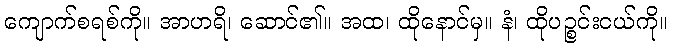
ကျောက်စရစ်ကို။ အာဟရိ၊ ဆောင်၏။ အထ၊ ထိုနောင်မှ။ နံ၊ ထိုပဉ္စင်းငယ်ကို။